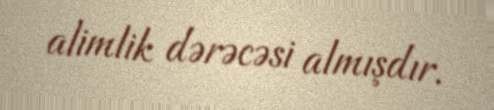
alimlik dərəcəsi almışdır.